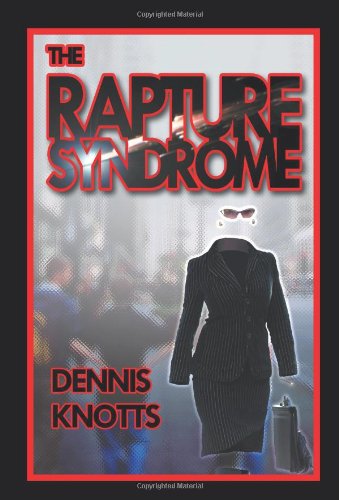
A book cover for The Rapture Syndrome; Dennis Knotts; Christian Books & Bibles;